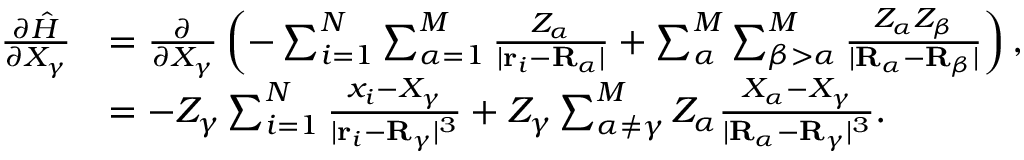
{ \begin{array} { r l } { { \frac { \partial { \hat { H } } } { \partial X _ { \gamma } } } } & { = { \frac { \partial } { \partial X _ { \gamma } } } \left( - \sum _ { i = 1 } ^ { N } \sum _ { \alpha = 1 } ^ { M } { \frac { Z _ { \alpha } } { | \mathbf { r } _ { i } - \mathbf { R } _ { \alpha } | } } + \sum _ { \alpha } ^ { M } \sum _ { \beta > \alpha } ^ { M } { \frac { Z _ { \alpha } Z _ { \beta } } { | \mathbf { R } _ { \alpha } - \mathbf { R } _ { \beta } | } } \right) , } \\ & { = - Z _ { \gamma } \sum _ { i = 1 } ^ { N } { \frac { x _ { i } - X _ { \gamma } } { | \mathbf { r } _ { i } - \mathbf { R } _ { \gamma } | ^ { 3 } } } + Z _ { \gamma } \sum _ { \alpha \neq \gamma } ^ { M } Z _ { \alpha } { \frac { X _ { \alpha } - X _ { \gamma } } { | \mathbf { R } _ { \alpha } - \mathbf { R } _ { \gamma } | ^ { 3 } } } . } \end{array} }